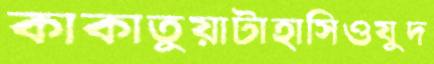
কাকাতুয়াটাহাসিওযুদ